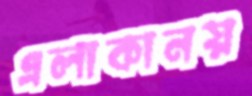
এলাকানয়